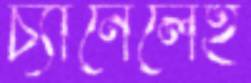
চ্যানেলেই